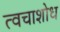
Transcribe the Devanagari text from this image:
त्वचाशोध